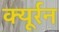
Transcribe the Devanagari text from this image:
क्यूर्रन